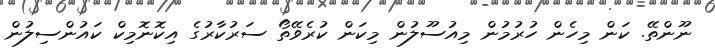
ނޫންތޭ. ކަން މިހެން ހުރުމުން މިއުސޫލުން މިކަން ކުރެވޭތޯ ސަރުކާރުގެ އިކޮނޮމިކް ކައުންސިލުން